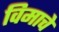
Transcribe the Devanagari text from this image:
विमाचे